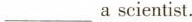
___ascientist.